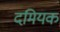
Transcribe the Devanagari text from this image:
दमियक